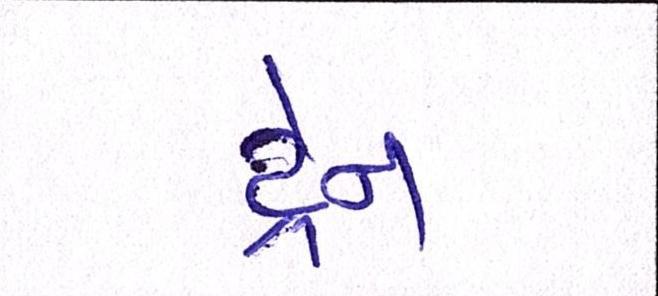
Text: ડ્રેન